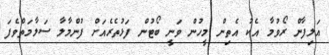
އަލިފާން ރޯވުމާ އެކު އެތިން މީހުން ވަނީ ބޯޓުން ފަޅުތެރެއަށް ފުންމާލާ ސަލާމަތްވެފަ